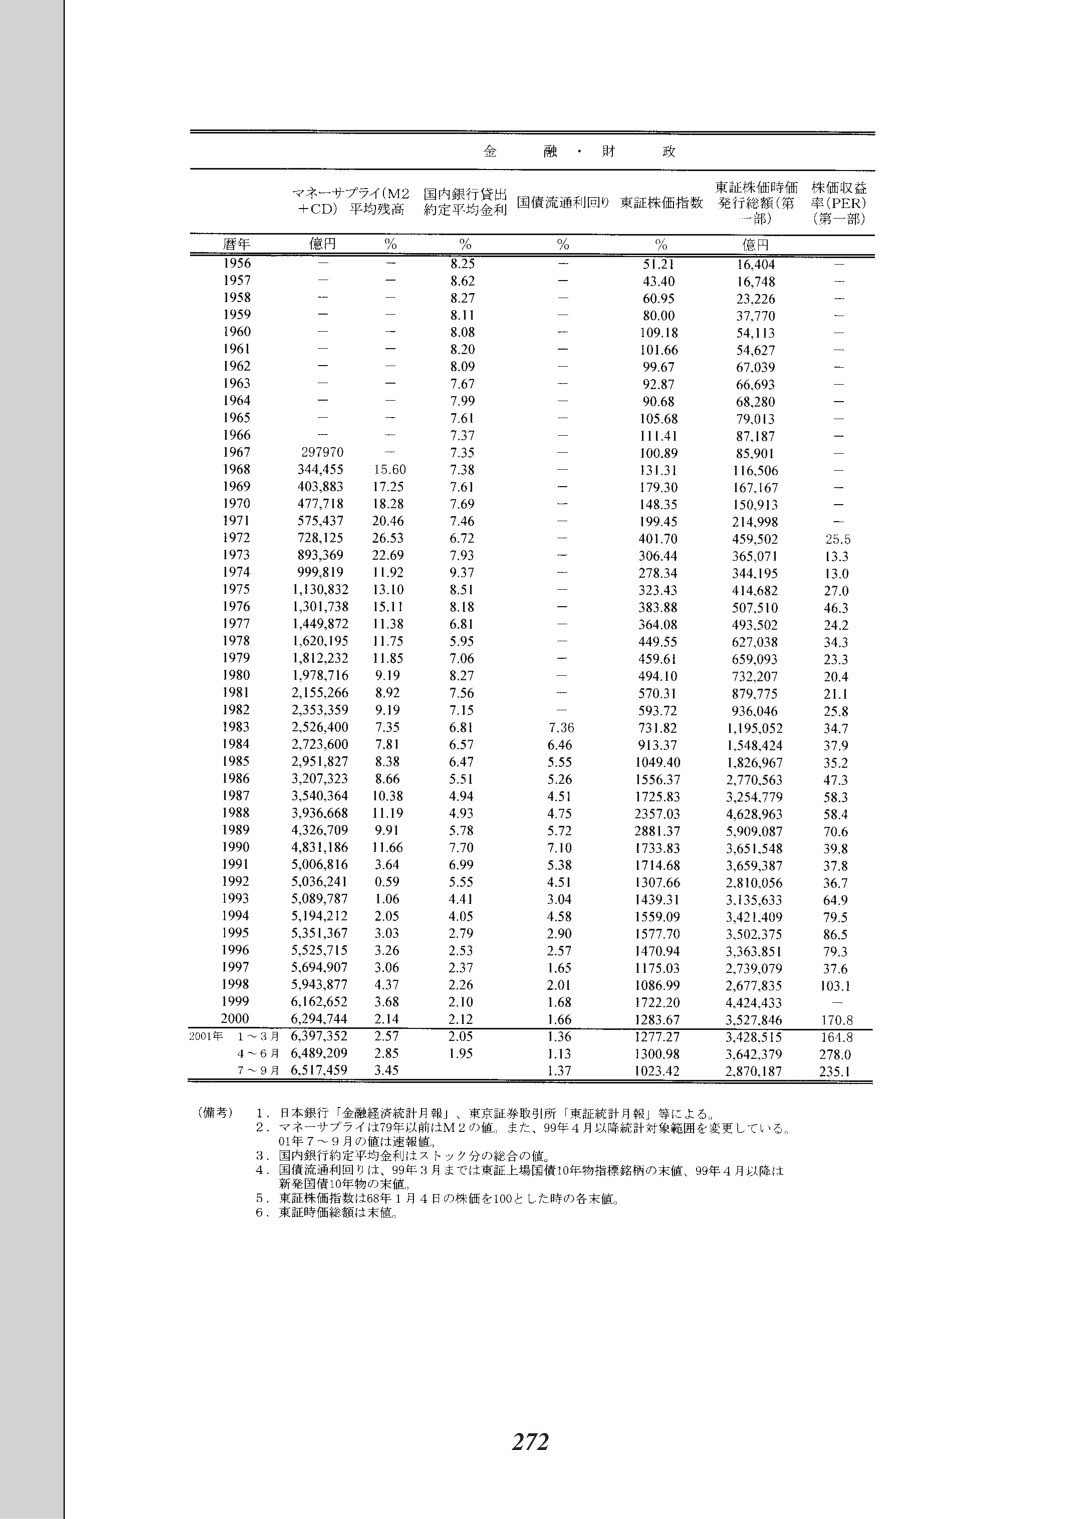
金融・財政

マネーサプライ(M2+CD) 平均残高　国内銀行貸出 約定平均金利　国債流通利回り　東証株価指数　東証株価時価 発行総額（第一部）　株価収益率（PER）（第一部）

暦年　億円　%　%　%　%　億円　%

1956　－　－　8.25　－　51.21　16,404　－
1957　－　－　8.62　－　43.40　16,748　－
1958　－　－　8.27　－　60.95　23,226　－
1959　－　－　8.11　－　80.00　37,770　－
1960　－　－　8.08　－　109.18　54,113　－
1961　－　－　8.20　－　101.66　54,627　－
1962　－　－　8.09　－　99.67　67,039　－
1963　－　－　7.67　－　92.87　66,693　－
1964　－　－　7.99　－　90.68　68,280　－
1965　－　－　7.61　－　105.68　79,013　－
1966　－　－　7.37　－　111.41　87,187　－
1967　297,970　－　7.35　－　100.89　85,901　－
1968　344,455　15.60　7.38　－　131.31　116,506　－
1969　403,883　17.25　7.61　－　179.30　167,167　－
1970　477,718　18.28　7.69　－　148.35　150,913　－
1971　575,437　20.46　7.46　－　199.45　214,998　－
1972　728,125　26.53　6.72　－　401.70　459,502　25.5
1973　893,369　22.69　7.93　－　306.44　365,071　13.3
1974　999,819　11.92　9.37　－　278.34　344,195　13.0
1975　1,130,832　13.10　8.51　－　323.43　414,682　27.0
1976　1,301,738　15.11　8.18　－　383.88　507,510　46.3
1977　1,449,872　11.38　6.81　－　364.08　493,502　24.2
1978　1,620,195　11.75　5.95　－　449.55　627,038　34.3
1979　1,812,232　11.85　7.06　－　459.61　659,093　23.3
1980　1,978,716　9.19　8.27　－　494.10　732,207　20.4
1981　2,155,266　8.92　7.56　－　570.31　879,775　21.1
1982　2,353,359　9.19　7.15　－　593.72　936,046　25.8
1983　2,526,400　7.35　6.81　7.36　731.82　1,195,052　34.7
1984　2,723,600　7.81　6.57　6.46　913.37　1,548,424　37.9
1985　2,951,827　8.38　6.47　5.55　1049.40　1,826,967　35.2
1986　3,207,323　8.66　5.51　5.26　1556.37　2,770,563　47.3
1987　3,540,364　10.38　4.94　4.51　1725.83　3,254,779　58.3
1988　3,936,668　11.19　4.93　4.75　2357.03　4,628,963　58.4
1989　4,326,709　9.91　5.78　5.72　2881.37　5,909,087　70.6
1990　4,831,186　11.66　7.70　7.10　1733.83　3,651,548　39.8
1991　5,006,816　3.64　6.99　5.38　1714.68　3,659,387　37.8
1992　5,036,241　0.59　5.55　4.51　1307.66　2,810,056　36.7
1993　5,089,787　1.06　4.41　3.04　1439.31　3,135,633　64.9
1994　5,194,212　2.05　4.05　4.58　1559.09　3,421,409　79.5
1995　5,351,367　3.03　2.79　2.90　1577.70　3,502,375　86.5
1996　5,525,715　3.26　2.53　2.57　1470.94　3,363,851　79.3
1997　5,694,907　3.06　2.37　1.65　1175.03　2,739,079　37.6
1998　5,943,877　4.37　2.26　2.01　1086.99　2,677,835　103.1
1999　6,162,652　3.68　2.10　1.68　1722.20　4,424,433　－
2000　6,294,744　2.14　2.12　1.66　1283.67　3,527,846　170.8

2001年　1～3月　6,397,352　2.57　2.05　1.36　1277.27　3,428,515　164.8
　　　4～6月　6,489,209　2.85　1.95　1.13　1300.98　3,642,379　278.0
　　　7～9月　6,517,459　3.45　　1.37　1023.42　2,870,187　235.1

（備考）　1．日本銀行「金融経済統計月報」、東京証券取引所「東証統計月報」等による。
　　　　2．マネーサプライは79年以前はM2の値。また、99年4月以降統計対象範囲を変更している。
　　　　　01年7～9月の値は速報値。
　　　　3．国内銀行約定平均金利はストック分の総合の値。
　　　　4．国債流通利回りは、99年3月までは東証上場国債10年物指標銘柄の末値、99年4月以降は
　　　　　新発国債10年物の末値。
　　　　5．東証株価指数は88年1月4日の株価を100とした時の各末値。
　　　　6．東証時価総額は末値。

272